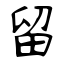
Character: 留